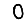
Digit: 0